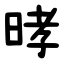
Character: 㫴